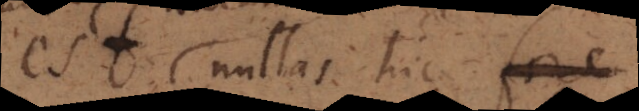
est nullas hic